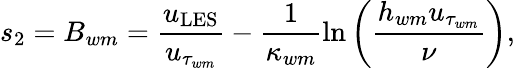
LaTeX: s_{2}=B_{wm}=\frac{u_{\mathrm{LES}}}{u_{\tau_{wm}}}-\frac{1}{\kappa_{wm}}\ln\left(\frac{h_{wm}u_{\tau_{wm}}}{\nu}\right),